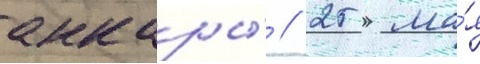
анкары́ // 25 ма́я